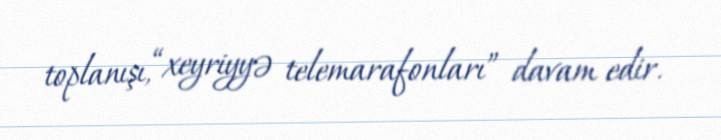
toplanışı, “xeyriyyə telemarafonları” davam edir.